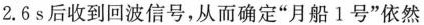
2.6s后收到回波信号，从而确定“月船1号”依然